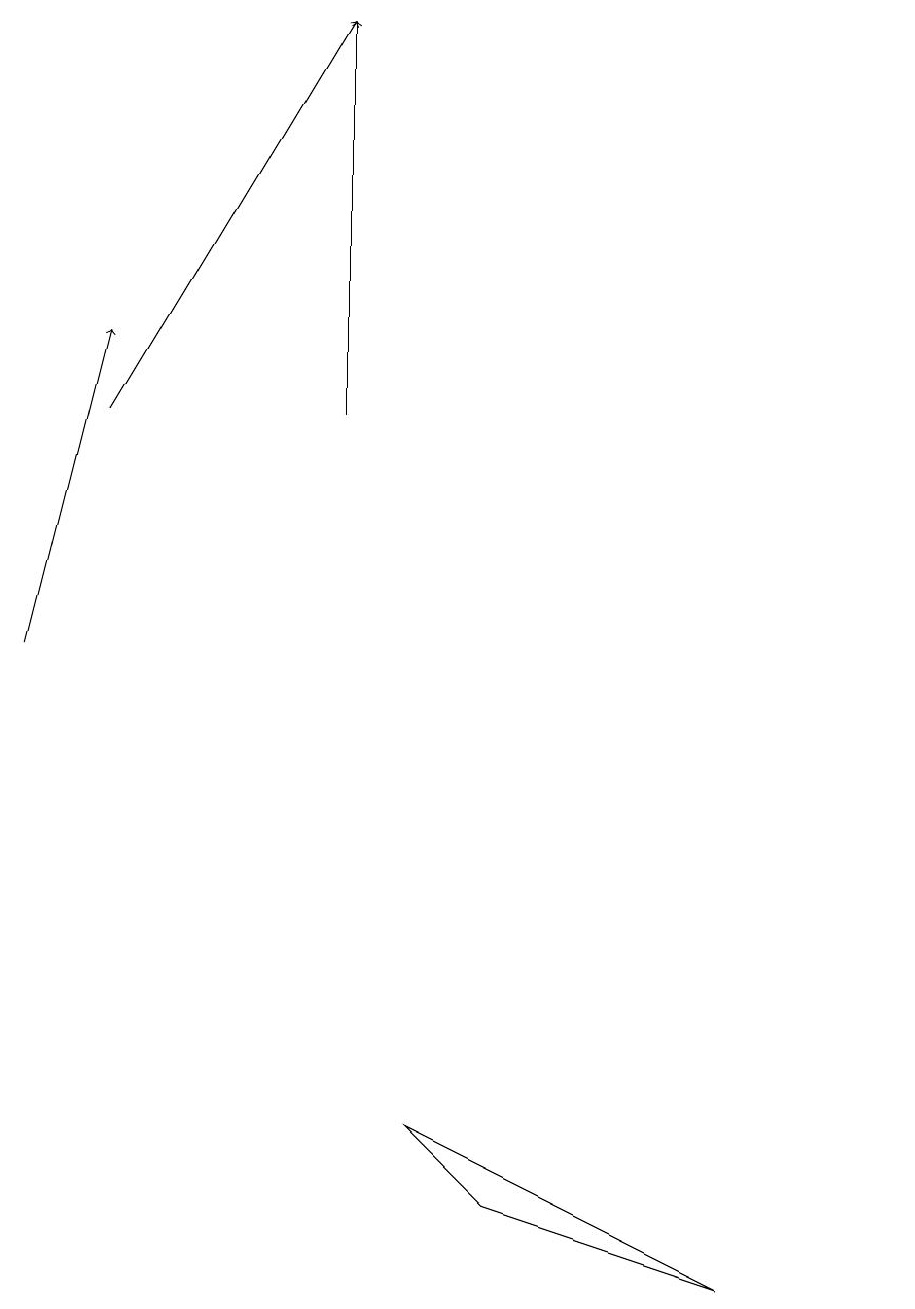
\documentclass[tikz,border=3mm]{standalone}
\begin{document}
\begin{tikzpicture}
\draw (6,3) -- (5,4) -- (9,2) -- cycle;
\draw[->] (4,13) -- (4,18);
\draw (11,12) circle (0);
\draw[->] (0,10) -- (1,14);
\draw[->] (1,13) -- (4,18);
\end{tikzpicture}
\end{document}